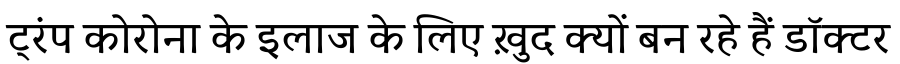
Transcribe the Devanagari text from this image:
ट्रंप कोरोना के इलाज के लिए ख़ुद क्यों बन रहे हैं डॉक्टर